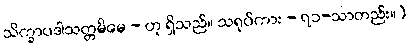
သိက္ခာပဒါသတ္တမိမေ - ဟု ရှိသည်။ သရုပ်ကား - ၇၁-သာတည်း။)